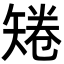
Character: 𥏙